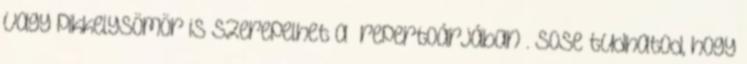
vagy pikkelysömör is szerepelhet a „repertoárjában”. Sose tudhatod, hogy